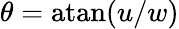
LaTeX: \theta=\mathrm{atan}(u/w)